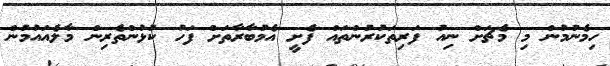
ހިމެނުމުން މި މެޗަށް ނިއު ފަރިތަކުރުންތައް ފެށީ އެމުބާރާތަށް ފަހު ކުޅުންތެރިން މާލެއައުމުން